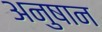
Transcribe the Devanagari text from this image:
अनुषान